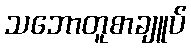
သဘောတူစာချူပ်